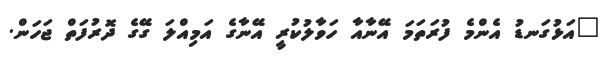
"އަޅުގަނޑު އެންމެ ފުރަތަމަ އޭނާއާ ހަވާލުކުރީ އޭނާގެ އަމިއްލަ ގޭގެ ދޮރުފަތް ޖަހަން.